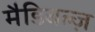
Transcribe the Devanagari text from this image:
मैडिबल्ज़